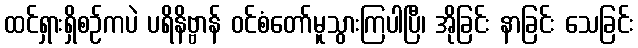
ထင်ရှားရှိစဉ်ကပဲ ပရိနိဗ္ဗာန် ဝင်စံတော်မူသွားကြပါပြီ၊ အိုခြင်း နာခြင်း သေခြင်း